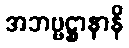
အဘဗ္ဗဋ္ဌာနာနိ